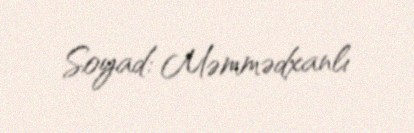
Soyad: Məmmədxanlı